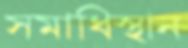
সমাধিস্থান